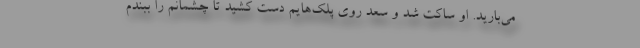
می‌بارید. او ساکت شد و سعد روی پلک‌هایم دست کشید تا چشمانم را ببندم